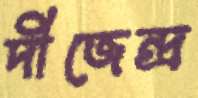
দীজেন্দ্র